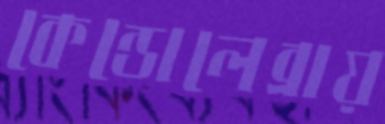
কেন্ডোলেব্রায়